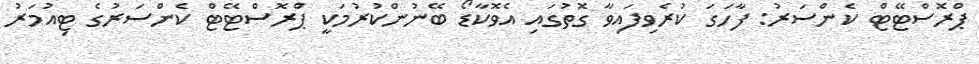
ޕްރޮސްޓޭޓް ކެންސަރު: ފާހަގަ ކުރެވިފައިވާ ގޮތުގައި އެވޮކާޑޯ ބޭނުންކުރުމަކީ ޕްރޮސްޓޭޓް ކެންސަރުގެ ޓިއުމަރު